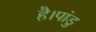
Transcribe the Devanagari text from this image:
है।पांडु